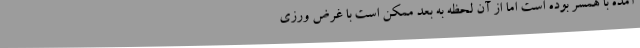
آمده با همسر بوده است اما از آن لحظه به بعد ممکن است با غرض ورزی